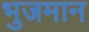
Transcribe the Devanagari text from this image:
भुजमान